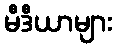
မီဒီယာများ